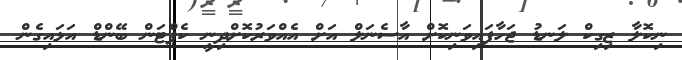
ނިކޮލާ ޒިގިކް ލަނޑު ޖަހާފައިވަނިކޮށް އާސެނަލް އަށް އެއްވަރުކޮށްދިނީ ކެޕްޓަން ބޭންޑް އަޅައިގެން